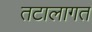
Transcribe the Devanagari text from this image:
तटालागत